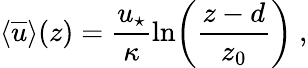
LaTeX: \langle\overline{{u}}\rangle(z)=\frac{u_{\star}}{\kappa}\ln\biggl(\frac{z-d}{z_{0}}\biggl)\ ,